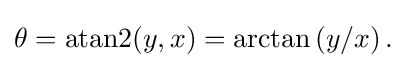
{\textstyle \theta =\operatorname {atan2} (y,x)=\arctan \left(y/x\right).}